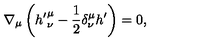
\nabla _ { \mu } \left( { h ^ { \prime } } _ { \nu } ^ { \mu } - \frac 1 2 \delta _ { \nu } ^ { \mu } h ^ { \prime } \right) = 0 ,